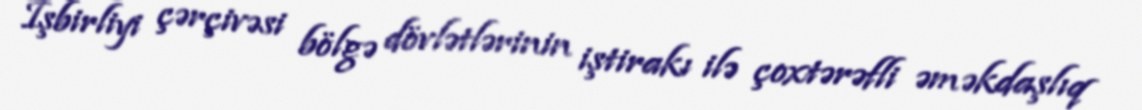
İşbirliyi çərçivəsi bölgə dövlətlərinin iştirakı ilə çoxtərəfli əməkdaşlıq